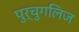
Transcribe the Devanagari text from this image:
पुर्चुगलिज